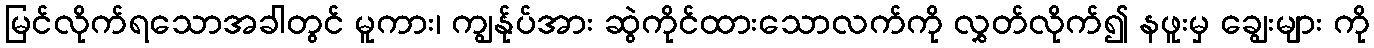
မြင်လိုက်ရသောအခါတွင် မူကား၊ ကျွန်ုပ်အား ဆွဲကိုင်ထားသောလက်ကို လွှတ်လိုက်၍ နဖူးမှ ချွေးများ ကို